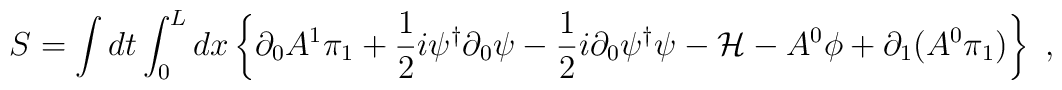
S=\int dt\int_0^L dx\left\{\partial_0A^1\pi_1+\frac{1}{2}i\psi^\dagger\partial_0\psi-\frac{1}{2}i\partial_0\psi^\dagger\psi-{\cal H}-A^0\phi+\partial_1(A^0\pi_1)\right\}\ ,